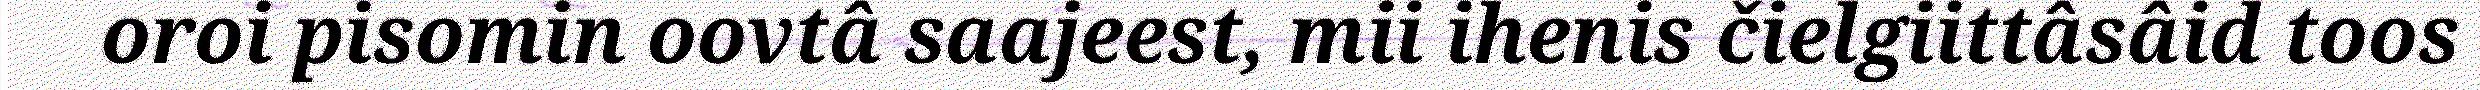
oroi pisomin oovtâ saajeest, mii ihenis čielgiittâsâid toos